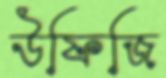
উফিজি